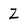
Character: Z